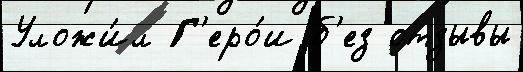
Уложи́л Г'еро́и б'ез отзывы